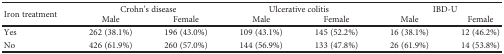
| <ROWSPAN=2> Iron treatment | <COLSPAN=2> Crohn's disease | <COLSPAN=2> Ulcerative colitis | <COLSPAN=2> IBD-U |
 | Male | Female | Male | Female | Male | Female |
 | --- | --- | --- | --- | --- | --- | --- |
 | Yes | 262 (38.1%) | 196 (43.0%) | 109 (43.1%) | 145 (52.2%) | 16 (38.1%) | 12 (46.2%) |
 | No | 426 (61.9%) | 260 (57.0%) | 144 (56.9%) | 133 (47.8%) | 26 (61.9%) | 14 (53.8%) |